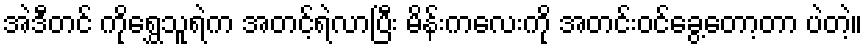
အဲဒီတင် ကိုရွှေသူရဲက အတင့်ရဲလာပြီး မိန်းကလေးကို အတင်းဝင်ခွေ့တော့တာ ပဲတဲ့။